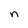
Character: n